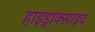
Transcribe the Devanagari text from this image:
हाइड्राक्साइद